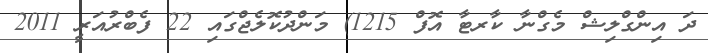
ދަ އިންގްލިޝް މެގްނާ ކާރޓާ އޮފް 1215) މަންދުކޮލެޖްގައި 22 ފެބްރުއަރީ 2011